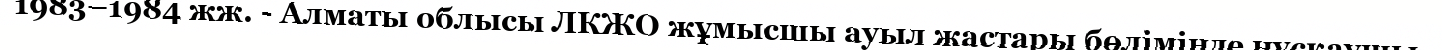
1983–1984 жж. - Алматы облысы ЛКЖО жұмысшы ауыл жастары бөлiмiнде нұсқаушы.